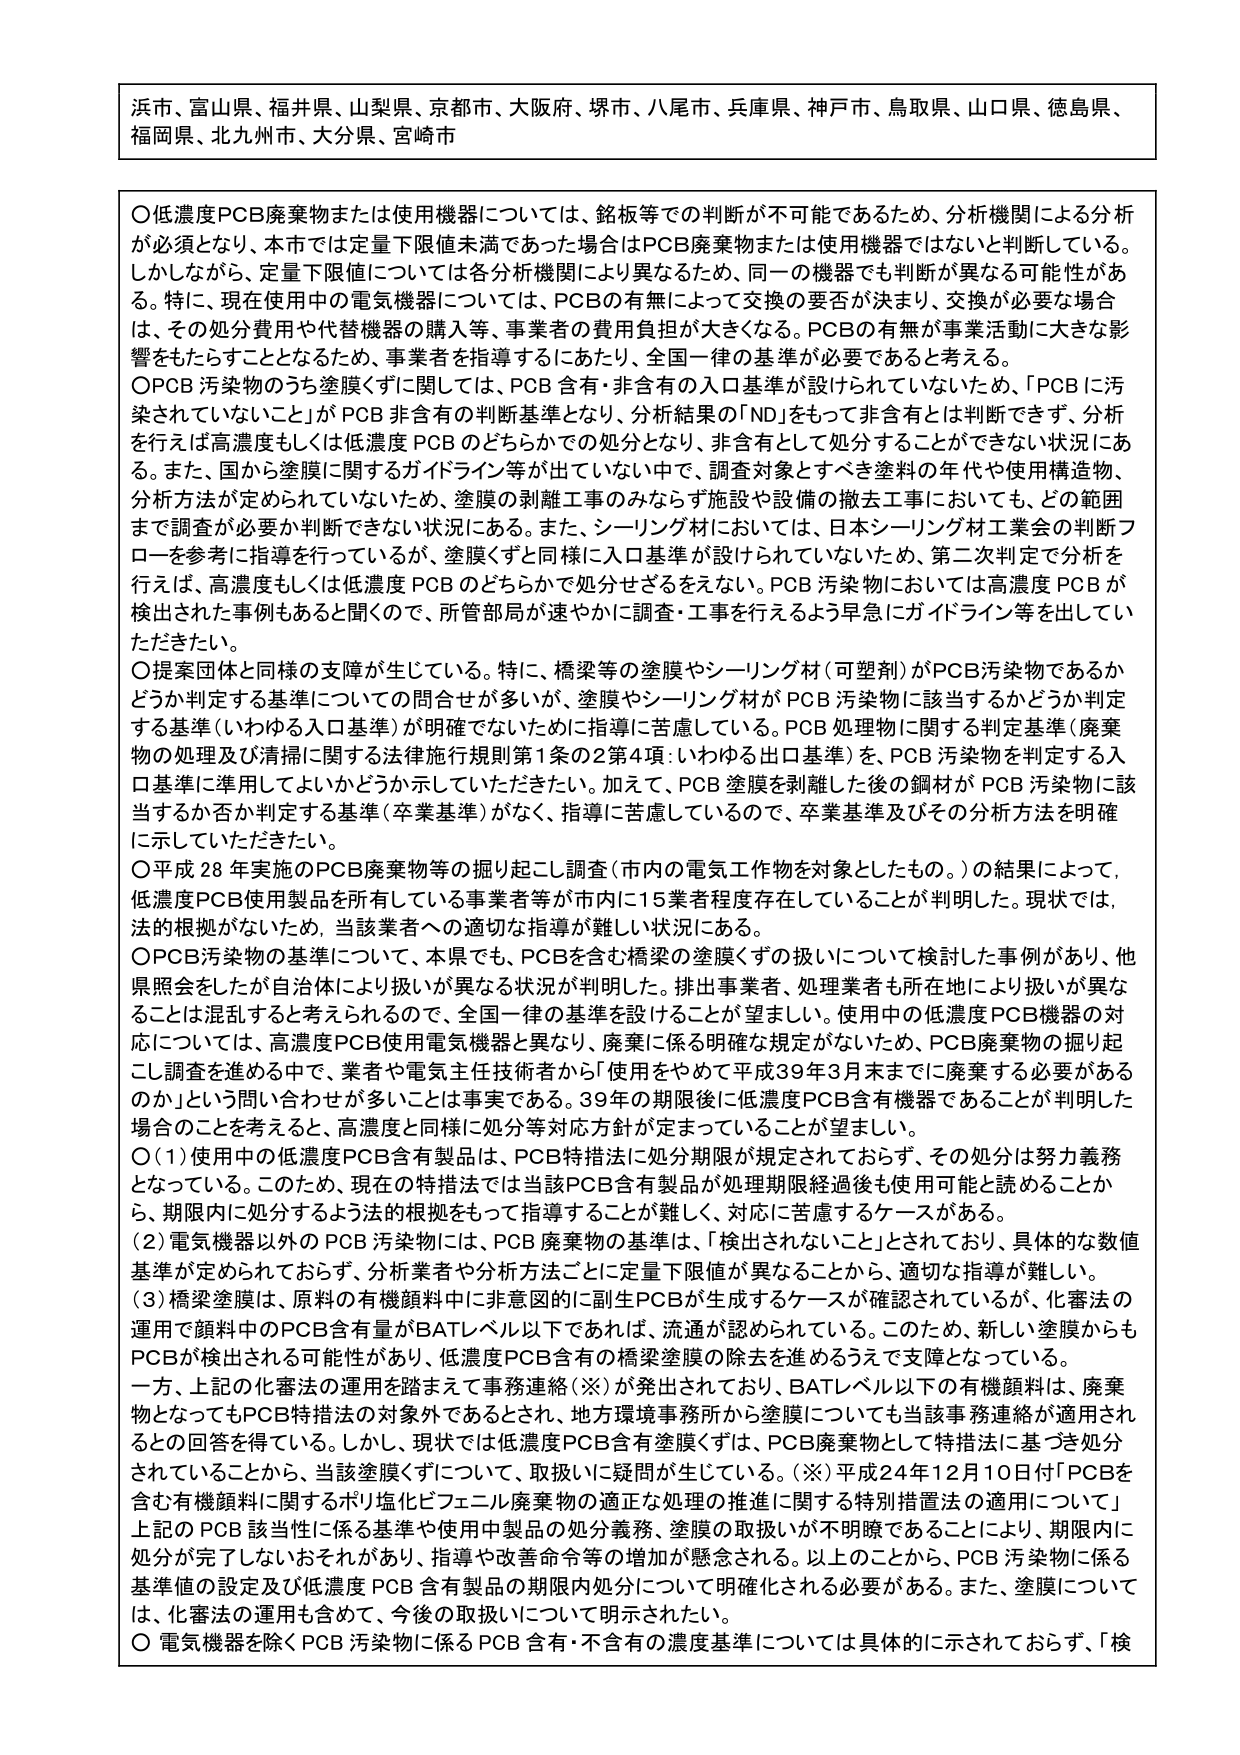
浜市、富山県、福井県、山梨県、京都市、大阪府、堺市、八尾市、兵庫県、神戸市、鳥取県、山口県、徳島県、福岡県、北九州市、大分県、宮崎市

〇低濃度PCB廃棄物または使用機器については、銘板等での判断が不可能であるため、分析機関による分析が必須となり、本市では定量下限値未満であった場合はPCB廃棄物または使用機器ではないと判断している。しかしながら、定量下限値については各分析機関により異なるため、同一の機器でも判断が異なる可能性がある。特に、現在使用中の電気機器については、PCBの有無によって交換の要否が決まり、交換が必要な場合は、その処分費用や代替機器の購入等、事業者の費用負担が大きくなる。PCBの有無が事業活動に大きな影響をもたらすこととなるため、事業者を指導するにあたり、全国一律の基準が必要であると考える。

〇PCB 汚染物のうち塗膜くずに関しては、PCB 含有・非含有の入口基準が設けられていないため、「PCBに汚染されていること」が PCB 非含有の判断基準となり、分析結果の「ND」をもって非含有とは判断できず、分析を行えば高濃度もしくは低濃度 PCB のどちらかでの処分となり、非含有として処分することができない状況にある。また、国から塗膜に関するガイドライン等が出ていない中で、調査対象とすべき塗料の年代や使用構造物、分析方法が定められていないため、塗膜の剥離工事のみならず施設や設備の撤去工事においても、どの範囲まで調査が必要か判断できない状況にある。また、シーリング材においては、日本シーリング材工業会の判断フローを参考に指導を行っているが、塗膜くずと同様に入口基準が設けられていないため、第二次判定で分析を行えば、高濃度もしくは低濃度 PCB のどちらかで処分せざるをえない。PCB 汚染物においては高濃度 PCB が検出された事例もあると聞くので、所管部局が速やかに調査・工事を行えるよう早急にガイドライン等を出していただきたい。

〇提案団体と同様の支障が生じている。特に、橋梁等の塗膜やシーリング材（可塑剤）がPCB汚染物であるかどうか判定する基準についての問合せが多いが、塗膜やシーリング材が PCB 汚染物に該当するかどうか判定する基準（いわゆる入口基準）が明確でないために指導に苦慮している。PCB 処理物に関する判定基準（廃棄物の処理及び清掃に関する法律施行規則第1条の2第4項：いわゆる出口基準）を、PCB 汚染物を判定する入口基準に準用してよいかどうか示していただきたい。加えて、PCB 塗膜を剥離した後の鋼材が PCB 汚染物に該当するか否か判定する基準（卒業基準）がなく、指導に苦慮しているので、卒業基準及びその分析方法を明確に示していただきたい。

〇平成28年実施のPCB廃棄物等の掘り起こし調査（市内の電気工作物を対象としたもの。）の結果によって、低濃度PCB使用製品を所有している事業者等が市内に15業者程度存在していることが判明した。現状では、法的根拠がないため、当該業者への適切な指導が難しい状況にある。

〇PCB汚染物の基準について、本県でも、PCBを含む橋梁の塗膜くずの扱いについて検討した事例があり、他県照会をしたが自県体により扱いが異なる状況が判明した。排出事業者、処理業者も所在地により扱いが異なることは混乱すると考えられるので、全国一律の基準を設けることが望ましい。使用中の低濃度PCB機器の対応については、高濃度PCB使用電気機器と異なり、廃棄に係る明確な規定がないため、PCB廃棄物の掘り起こし調査を進める中で、業者や電気主任技術者から「使用をやめて平成39年3月末までに廃棄する必要があるのか」という問い合わせが多いことは事実である。39年の期限後に低濃度PCB含有機器であることが判明した場合のことを考えると、高濃度と同様に処分等対応方針が定まっていることが望ましい。

〇（1）使用中の低濃度PCB含有製品は、PCB特措法に処分期限が規定されておらず、その処分は努力義務となっている。このため、現在の特措法では当該PCB含有製品が処理期限経過後も使用可能と読めることから、期限内に処分するよう法的根拠をもって指導することが難しく、対応に苦慮するケースがある。

（2）電気機器以外のPCB 汚染物には、PCB 廃棄物の基準は、「検出されること」とされており、具体的な数値基準が定められておらず、分析業者や分析方法ごとに定量下限値が異なることから、適切な指導が難しい。

（3）橋梁塗膜は、原料の有機顔料中に非意図的に副生PCBが生成するケースが確認されているが、化審法の運用で顔料中のPCB含有量がBATレベル以下であれば、流通が認められている。このため、新しい塗膜からもPCBが検出される可能性があり、低濃度PCB含有の橋梁塗膜の除去を進めるうえで支障となっている。

一方、上記の化審法の運用を踏まえて事務連絡（※）が発出されており、BATレベル以下の有機顔料は、廃棄物となってもPCB特措法の対象外であるとされ、地方環境事務所から塗膜についても当該事務連絡が適用されるとの回答を得ている。しかし、現状では低濃度PCB含有塗膜くずは、PCB廃棄物として特措法に基づき処分されていることから、当該塗膜くずについて、取扱いに疑問が生じている。（※）平成24年12月10日付「PCBを含む有機顔料に関するポリ塩化ビフェニル廃棄物の適正な処理の推進に関する特別措置法の適用について」上記のPCB該当性に係る基準や使用中製品の処分義務、塗膜の取扱いが不明瞭であることにより、期限内に処分が完了しないおそれがあり、指導や改善命令等の増加が懸念される。以上のことから、PCB 汚染物に係る基準値の設定及び低濃度 PCB 含有製品の期限内処分について明確化される必要がある。また、塗膜については、化審法の運用も含めて、今後の取扱いについて明示されたい。

〇 電気機器を除くPCB 汚染物に係る PCB 含有・非含有の濃度基準については具体的に示されておらず、「検